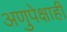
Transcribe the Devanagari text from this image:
अणुपेक्षाही